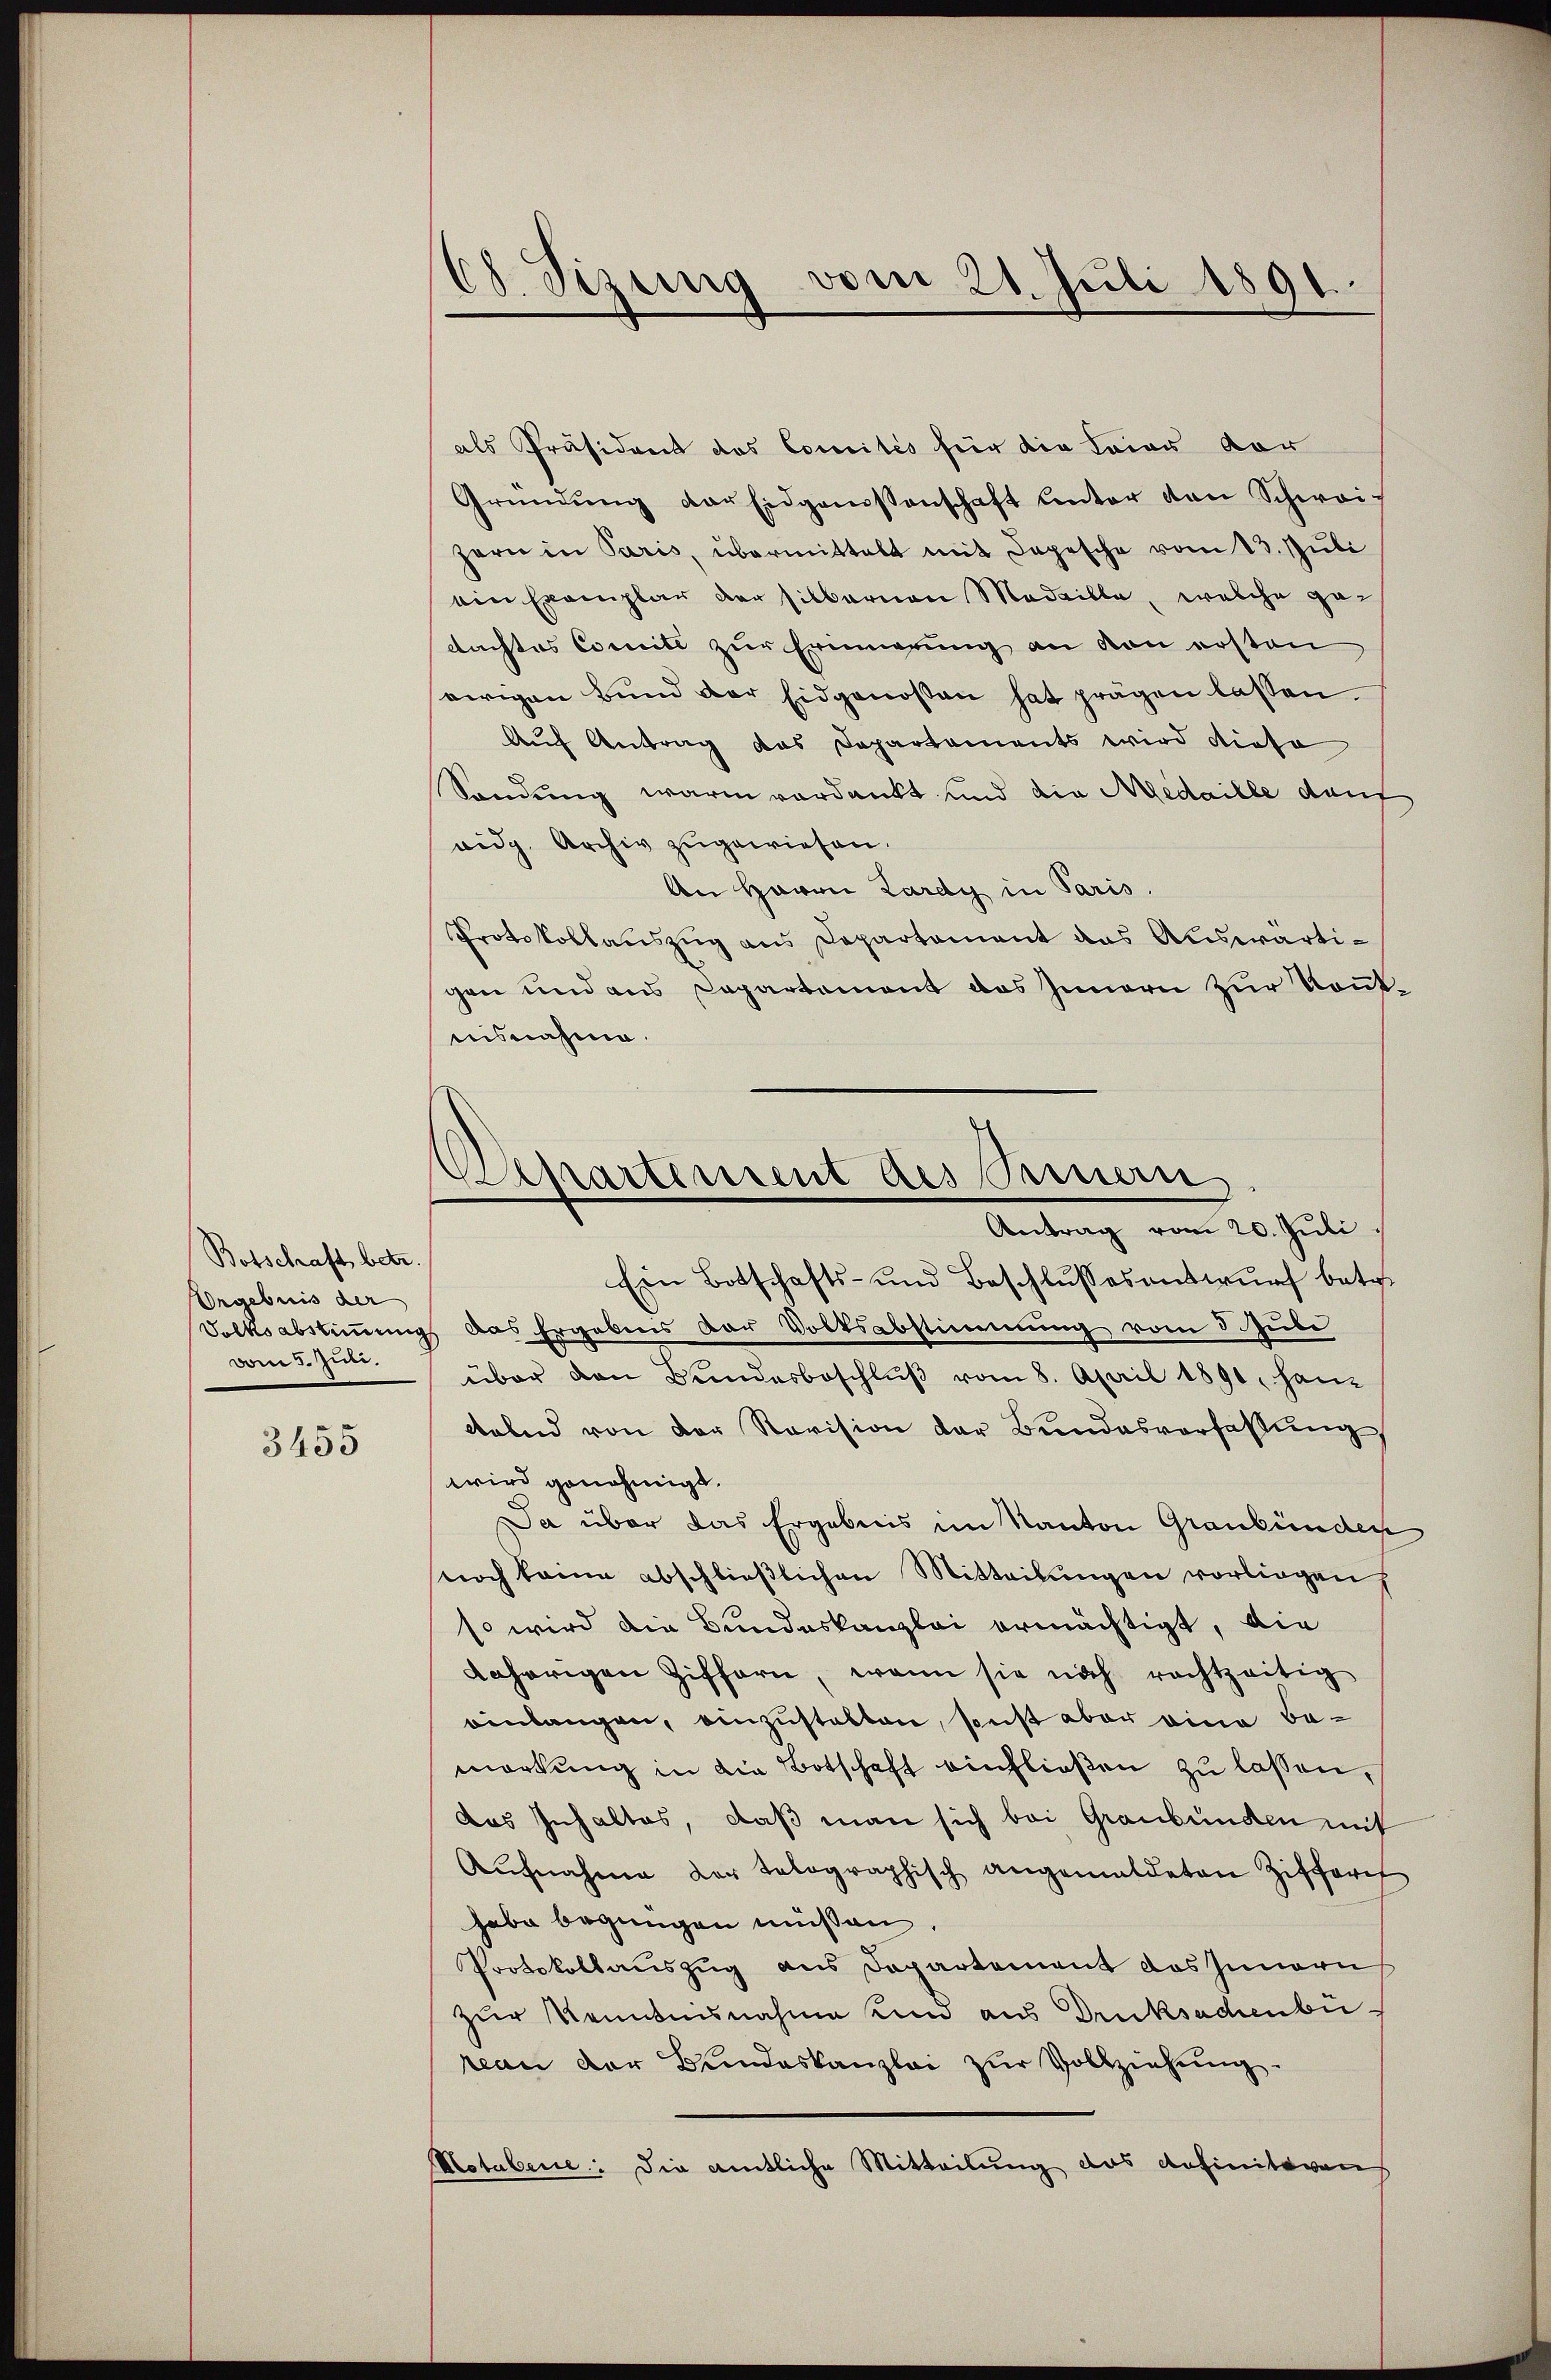
Botschaft betr.
Orgebnis der
vom 5. Jun.

3455

Ch. Sizung vom 21. Juli 1891.

Separtement des Peuern
Antrag vom 20. Juli

als Präsident das Comités für die Tries vor
Gründŭng der Eidgerissenschaft unter von Schweis
zern in Paris, übermittelt mit Depesche vom 13. Juli
ein Exemplar der silbernen Medaille, welche gedachtes Comite zur Erinnerung an von ersten
ewigen Bund der Eidgenossen hat prägen lassen
Auf Antrag das Departaments wird diese
Sandung warm verdankt und die Medaille dauf
eidg. Archiv zugewiesen.
An Haron Lardy in Paris.
Protokollauszug aus Departement das Auswärtigen und aus Capartement das Innern zur Konntuisnahme.
Ein Botschafts- und Beschlusses antwurf betr.
Dolksabstimmung das Ergebnis der Volksabstimmung vom 3. Jul
über den Bundesbeschlŭβ vom 8. April 1890, han-
delnd von der Revision der Bundesverfassŭng
wird genehmigt.
Ja über das Ergebnis im Kanton Graubünden
noch keine abschlieβlichen Mitteilŭngen vorliegen,
so wird die Bundeskanzlei ermächtigt, die
daherigen Ziffern, wenn sie noch rechtzeitig
einlangen, einzustatten, sonst aber eine Be-
merkŭng in die Botschaft einhlieβen zŭ lassen,
das Inhaltes, daß man sich bei Graubünden mit
Aŭfnahme der telographisch angemeldeten Ziffer
habe begnügen müssen.
Protokollauszug aus Departement das Innern
zur Kenntnisnahme und aus Drucksachenbü
veau der Bundeskanzlei zŭr Vollziehŭng.
Hotabenie: Die amtliche Mitteilung das definitiven